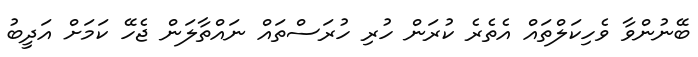
ބޭނުންވާ ވެހިކަލްތައް އެތެރެ ކުރަން ހުރި ހުރަސްތައް ނައްތާލަން ޖެހޭ ކަމަށް އަދީބު